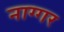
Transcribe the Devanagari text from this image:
नाग्गर